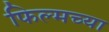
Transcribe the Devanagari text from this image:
फिल्मच्या